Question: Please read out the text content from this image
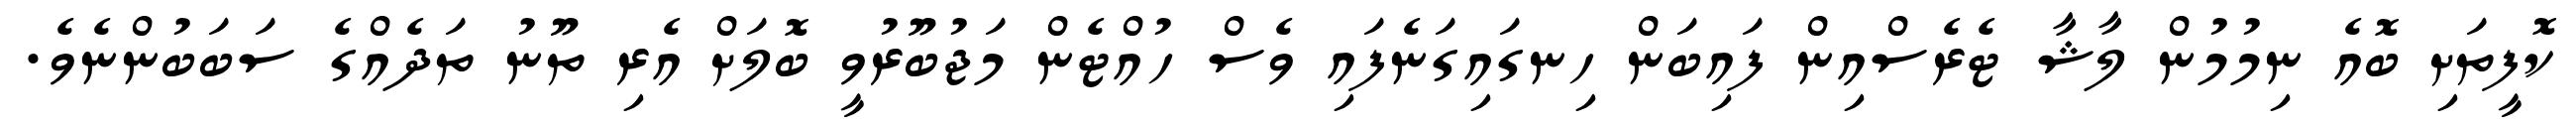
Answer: ކޮފީތަށި ބޮއެ ނިމުމުން ލާޝާ ޓެރެސްއިން ފައިބަން ހިނގައިގަނެފައި ވެސް ހުއްޓެން މަޖުބޫރުވީ ބޮލަށް އެރި ތޫނު ތަދެއްގެ ސަބަބުންނެވެ.